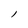
Character: l